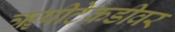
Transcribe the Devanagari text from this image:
ॠषीटेकडीवर